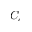
C _ { c }